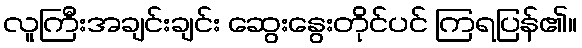
လူကြီးအချင်းချင်း ဆွေးနွေးတိုင်ပင် ကြရပြန်၏။